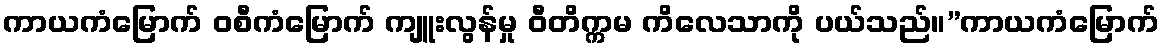
ကာယကံမြောက် ဝစီကံမြောက် ကျူးလွန်မှု ဝီတိက္ကမ ကိလေသာကို ပယ်သည်။”ကာယကံမြောက်